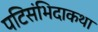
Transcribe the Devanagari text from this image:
पटिसंभिदाकथा